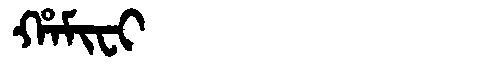
Manchu: ᡥᠠᠮᡳᠸᡳ
Romanization: HAMIFI